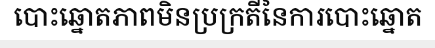
បោះឆ្នោតភាពមិនប្រក្រតីនៃការបោះឆ្នោត